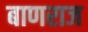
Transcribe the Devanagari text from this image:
बाणराज